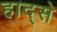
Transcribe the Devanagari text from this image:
हाद्से